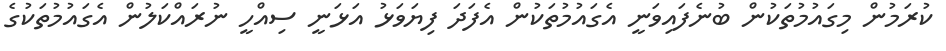
ކުރަމުން މިގައުމުތަކުން ބުނެފައިވަނީ އެގައުމުތަކުން އެފަދަ ފިޔަވަޅު އަޅަނީ ސިއްހީ ނުރައްކަލުން އެގައުމުތަކުގެ